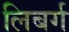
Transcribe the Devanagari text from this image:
लिबर्ग